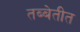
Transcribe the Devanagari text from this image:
तब्बेतीत